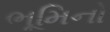
ભૂમિનો